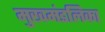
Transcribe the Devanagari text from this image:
मुखमंडलिका